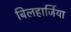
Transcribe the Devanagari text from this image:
बिलहार्जिया